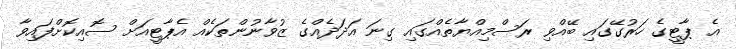
އެ ޕާޓީގެ ހަރުގޭގައި ބޭއްވި ރަސްމިއްޔާތެއްގައި ގިނަ އަދަދެއްގެ ޒުވާނުންތަކެއް އެޕާޓީއަށް ސޮއިކޮށްފައިވާ